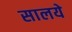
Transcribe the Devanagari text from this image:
सालये